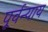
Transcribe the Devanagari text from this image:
पूर्वन्याय